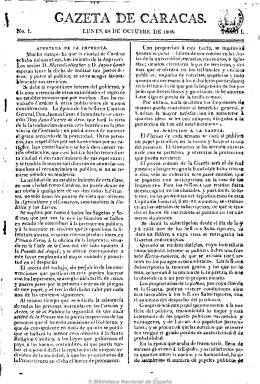
Título: Gazeta de Caracas
Otros títulos: Gaceta de Caracas || Gazeta extraordinaria de Caracas || Gaceta extraordinaria de Caracas
Colección: Gacetas
Ámbito geográfico: Venezuela
Lugar de publicación: Caracas
Fechas: 24/10/1808-15/07/1818

Primer semanario nacido en la Capitanía General de Venezuela, publicado por vez primera el 24 de octubre de 1808. En sus inicios colaboran los interesados en la instrucción pública, las letras, la religión católica, las leyes, entre otros temas de interés, con producción en prosa o verso. Incluye principalmente artículos dedicados a la agricultura, el comercio, la política y las letras, aunque censurados por el gobierno colonial. Nace bajo la protección de las autoridades españolas, es decir, fiel al rey y detractor de Bonaparte, quien había invadido España y colocado a su hermano José como monarca. Este semanario durante sus trece años de vida, se debatirá entre las filas realistas y las patriotas, pues será el órgano de divulgación que reseñe el camino que recorre Venezuela para alcanzar su Independencia. De allí que su primera etapa bajo la dirección española finalizará el 19 de abril de 1808 cuando se establece el nuevo gobierno, bajo el nombre de “Suprema Junta de los Derechos de Felipe Séptimo”, albergando escritos de los patriotas Sanz, Roscio, Muñoz Tébar, Salinas, García de Sena, Zea, José Luis Ramos, los Paúl y del irlandés Guillermo Burke, etapa que finaliza con la pérdida de la Primera República en 1812 con la capitulación de Miranda ante Monteverde, cuando pasó al dominio realista; etapa efímera, pues en agosto Simón Bolívar toma la capital y este semanario da cabida nuevamente a los pensamientos patrióticos, etapa que concluye en febrero de 1815, iniciándose el quinto y último período que finaliza en 1821. En consideración a su  aparición, en 1941, se decreta el 24 de octubre “Día Nacional del Periodista”, hasta 1965, año en que se decide cambiar la fecha por el 27 de junio en honor a otra insigne publicación venezolana: “El Correo del Orinoco”, fundado por el Libertador para tratar de consolidar la República, rebatiendo las opiniones del panfletista José Domingo Díaz, quien publicaba permanentemente contra la causa independentista.
- - -
La colección aquí digitalizada incluye ejemplares de la edición de Caracas (1808-1818), y se ha completado con ejemplares de la edición facsímil publicada en París en 1939.